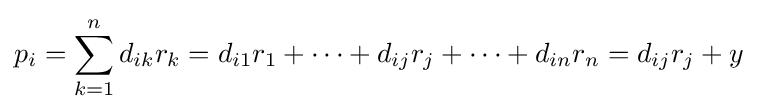
p_{i}=\sum _{k=1}^{n}d_{ik}r_{k}=d_{i1}r_{1}+\cdots +d_{ij}r_{j}+\cdots +d_{in}r_{n}=d_{ij}r_{j}+y